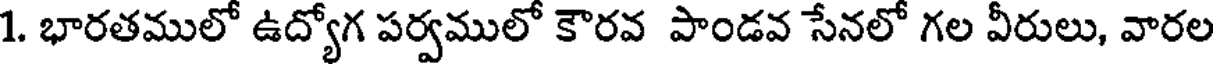
1. భారతములో ఉద్యోగ పర్వములో కౌరవ పాండవ సేనలో గల వీరులు, వారల